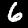
Digit: 6